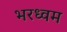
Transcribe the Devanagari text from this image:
भरध्वम